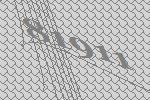
81911